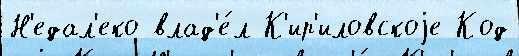
Н'едал'еко влад'е́л К'ир'иловскоjе Код